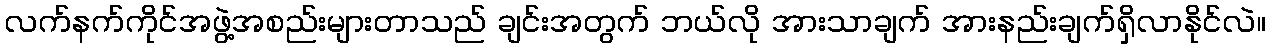
လက်နက်ကိုင်အဖွဲ့အစည်းများတာသည် ချင်းအတွက် ဘယ်လို အားသာချက် အားနည်းချက်ရှိလာနိုင်လဲ။